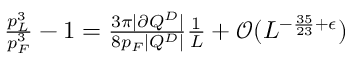
\begin{array} { r } { \frac { p _ { L } ^ { 3 } } { p _ { F } ^ { 3 } } - 1 = \frac { 3 \pi | \partial Q ^ { D } | } { 8 p _ { F } | Q ^ { D } | } \frac { 1 } { L } + \mathcal { O } ( L ^ { - \frac { 3 5 } { 2 3 } + \epsilon } ) } \end{array}